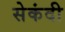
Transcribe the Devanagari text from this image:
सेकंदी